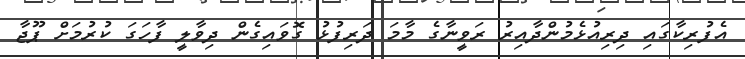
އެފުރިކާގައި ދިރިއުޅެމުންދާއިރު ރަވީނާގެ މާމަ ދަރިފުޅު ގޮވައިގެން ދިވާލީ ފާހަގަ ކުރުމަށް ޕޫޖާ